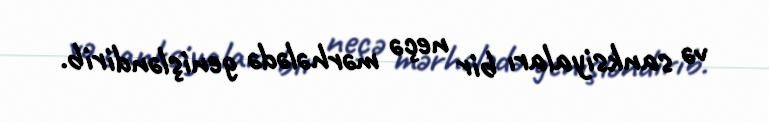
və sanksiyaları bir neçə mərhələdə genişləndirib.